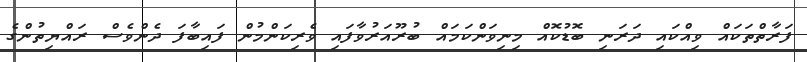
ފަރާތްތަަކައް ވިއްކައި ދަރަނި ބޮޑުކޮއް މިނިވަންކަމައް ބުރޫއަރުވާފައި ވެރިކަންމުން ފައިބާފަ ދެންވެސް ރައްޔިތުންގެ